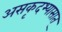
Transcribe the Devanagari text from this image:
असकृदभ्यासात्‌